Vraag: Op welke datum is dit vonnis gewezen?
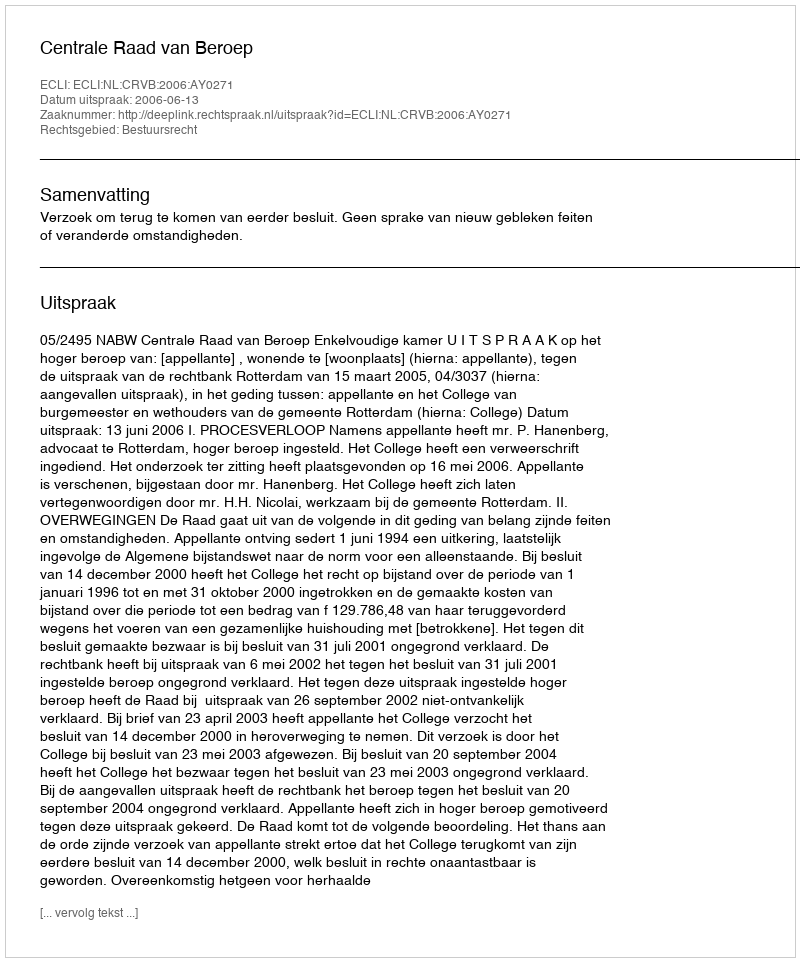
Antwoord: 2006-06-13